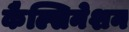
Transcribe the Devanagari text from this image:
कैल्सिनेशन